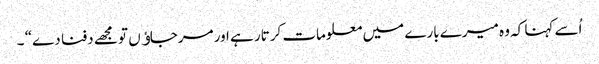
اُسے کہنا کہ وہ میرے بارے میں معلومات کرتار ہے اور مرجاﺅں تو مجھے دفنا دے“ ۔